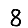
Digit: 8